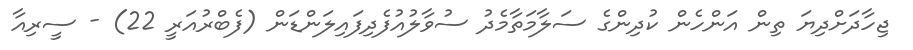
ޖިހާދަށްދިޔަ ތިން އަންހެން ކުދިންގެ ސަލާމަތާމެދު ސުވާލުއުފެދިފައިލަންޑަން (ފެބްރުއަރީ 22) - ސީރިއާ